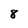
Character: 8